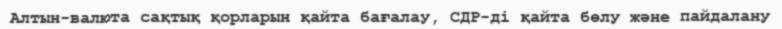
Алтын-валюта сақтық қорларын қайта бағалау, СДР-ді қайта бөлу және пайдалану